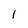
Character: 1